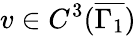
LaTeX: v\in C^{3}(\overline{{\Gamma_{1}}})